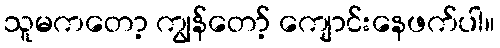
သူမကတော့ ကျွန်တော့် ကျောင်းနေဖက်ပါ။